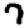
Digit: 7